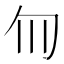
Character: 𫧁